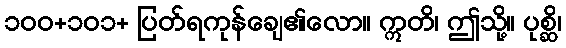
၁၀၀+၁၀၁+ ပြတ်ရကုန်ချေ၏လော။ ဣတိ၊ ဤသို့။ ပုစ္ဆိ၊